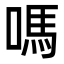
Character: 嗎